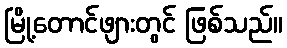
မြို့တောင်ဖျားတွင် ဖြစ်သည်။